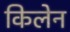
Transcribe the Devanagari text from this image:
किलेन